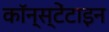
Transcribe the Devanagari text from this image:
कॉन्स्टेंटाइन